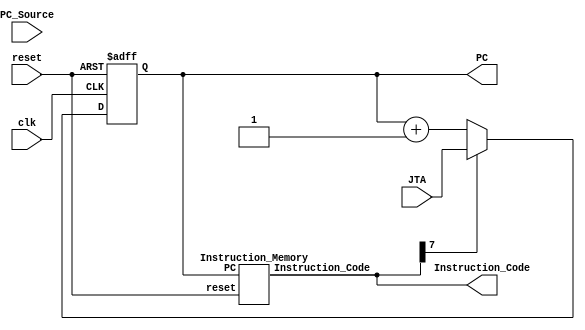
module Instruction_Fetch(input clk,input reset, output [7:0] Instruction_Code,output reg [7:0]PC,input PC_Source,input [7:0]JTA);

wire [7:0]pc_assign;
assign pc_assign =(Instruction_Code[7]==1)?JTA:PC+1;
always@(posedge clk,negedge reset)
begin
if(reset==0)
PC<=0;
else 
    PC<=pc_assign;
end
Instruction_Memory Instr_mem(PC,reset,Instruction_Code);
endmodule

//Instruction Memory

module Instruction_Memory(input [7:0] PC,input reset,output [7:0]Instruction_Code);
reg [7:0]Mem[5:0];
assign Instruction_Code ={Mem[PC]};
always@(reset)
begin 
if (reset==0)
begin
Mem[0]=8'h19;Mem[1]=8'h49;Mem[2]=8'h0B;Mem[3]=8'hC5;
Mem[4]=8'h4B;Mem[5]=8'h19;
end
end
endmodule